Eesti_Toorahva_Kommuun, lk 4
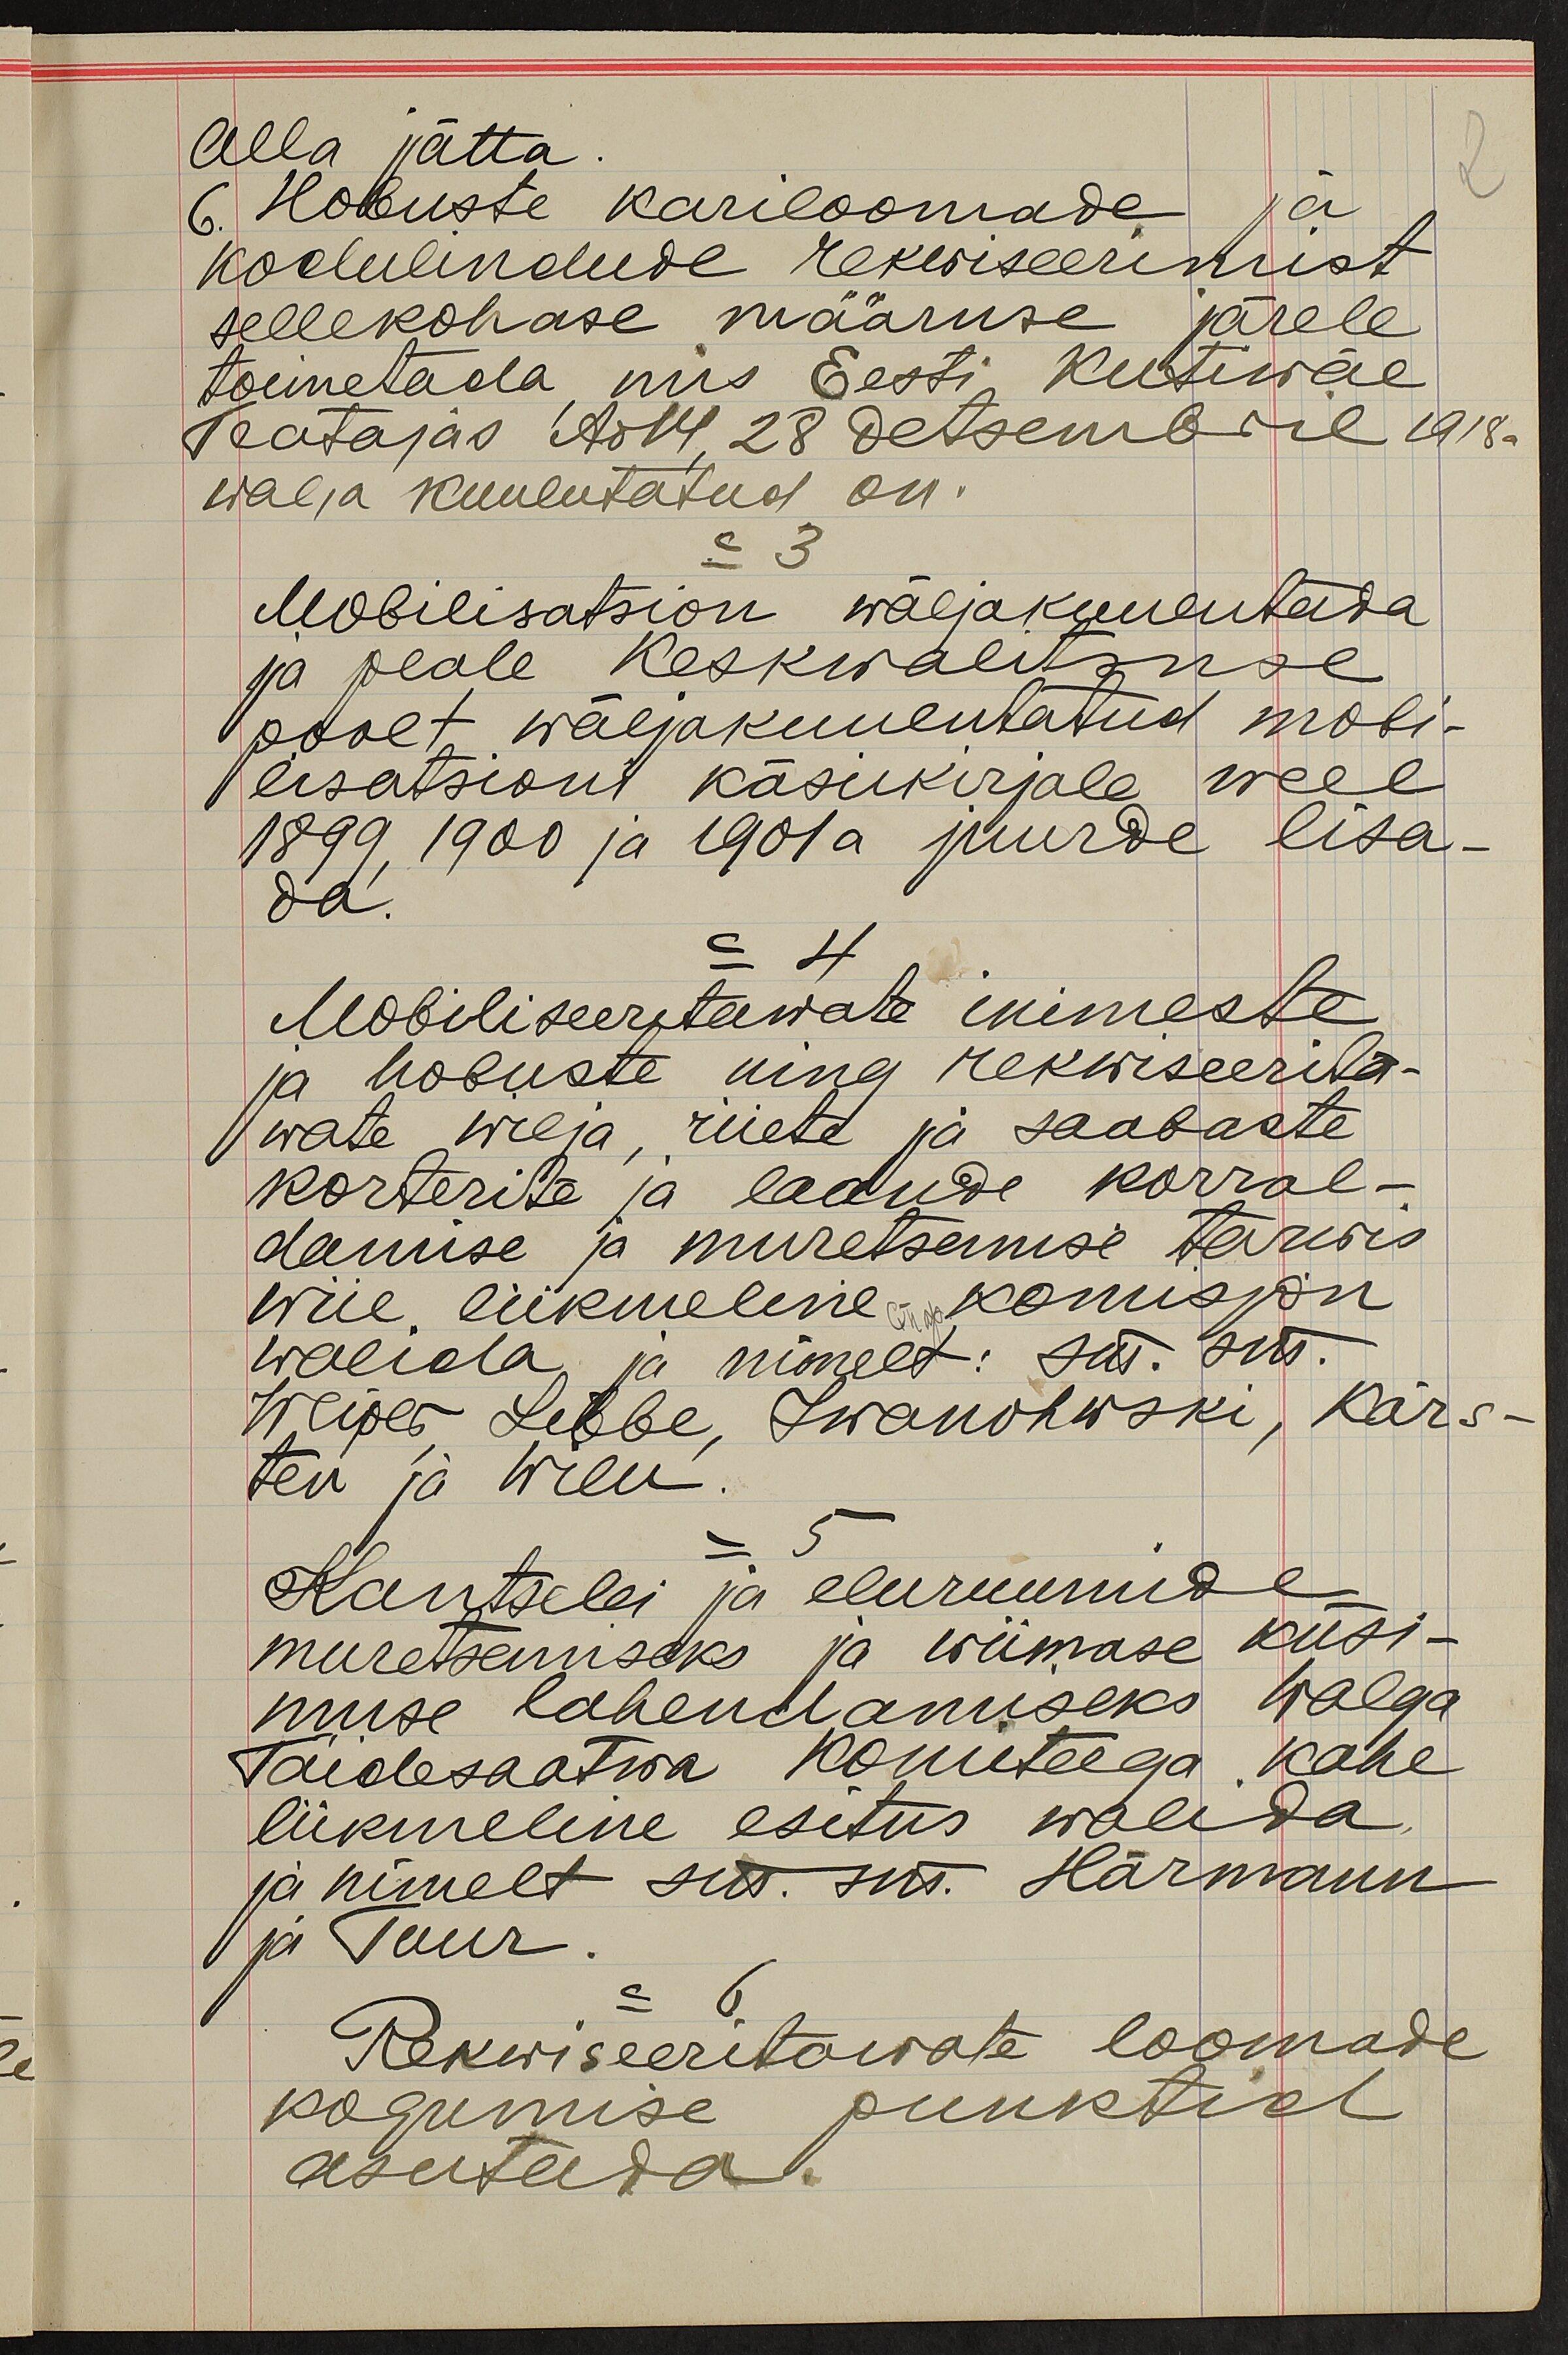
Alla jätta
6. Hobuste kariloomade ja
2
kodulindude rekwiseerimist
sellekohase määruse järele
toimetada mis Eesti Kutiwäe
Teatajas No 14, 28 detsembril 1918.
walja kuulutatud on.
= 3
Mobilisatsion wäljakuulutada
ja peale Keskwalitsuse
poolt wäljakuulutatud mobi-
lisatsioni käsukirjale weel
1899, 1900 ja 1901 a juurde lisa-
da.
= 4.
Mobiliseeritawate inimeste
ja hobuste ning rekwiseerita-
wate wilja, riiete ja saabaste
korterite ja ladude korral-
damise ja muretsemise tarwis
wiie liikmeline komisjon
walida ja nimelt: sm. sm.
Weiper Libbe, Iwanohwski, Kärs-
ten ja Wilu.
= 5
Kantselei ja eluruumide
muretsemiseks ja wiimase küsi-
muse lahendamiseks Walga
Täidesaatwa komiteega kahe
liikmeline esitus walida
ja nimelt sm. sm. Härmann
ja Tuur.
= 6.
Rekwiseeritawate loomade
kogumise punktid
asutada.